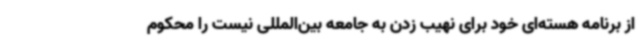
از برنامه هسته‌ای خود برای نهیب زدن به جامعه بین‌المللی نیست را محکوم